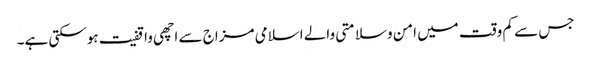
جس سے کم وقت میں امن وسلامتی والے اسلامی مزاج سے اچھی واقفیت ہوسکتی ہے۔